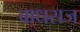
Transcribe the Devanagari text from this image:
बाधराज